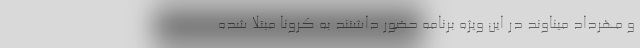
و مهرداد میناوند در این ویژه برنامه حضور داشتند به کرونا مبتلا شده